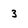
Character: 3